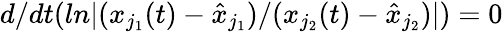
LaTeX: d/dt(ln|(x_{j_{1}}(t)-\hat{x}_{j_{1}})/(x_{j_{2}}(t)-\hat{x}_{j_{2}})|)=0